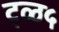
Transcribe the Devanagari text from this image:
ट्ळ५